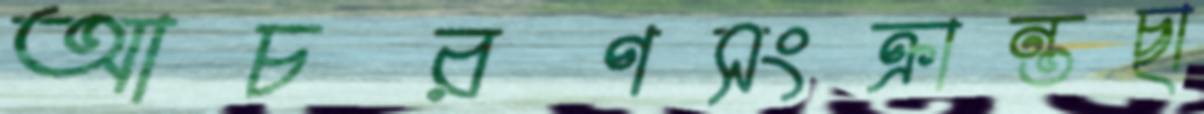
আচরণসংক্রান্তছা